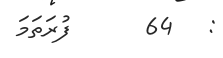
:   64      ފުރަތަމަ